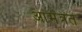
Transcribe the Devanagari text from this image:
आमंत्रत